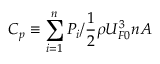
C _ { p } \equiv \sum _ { i = 1 } ^ { n } P _ { i } / \frac { 1 } { 2 } \rho U _ { F 0 } ^ { 3 } n A